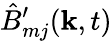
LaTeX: \hat{B}_{mj}^{\prime}(\mathbf{k},t)